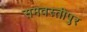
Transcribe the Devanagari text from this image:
समवस्तीपुर